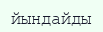
йындайды